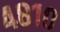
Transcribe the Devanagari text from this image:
४८१०